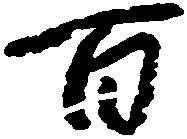
百